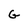
Character: G